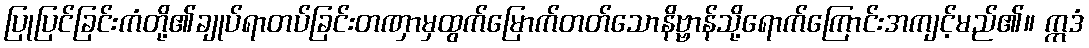
ပြုပြင်ခြင်းကံတို့၏ချုပ်ရာတပ်ခြင်းတဏှာမှထွက်မြောက်တတ်သောနိဗ္ဗာန်သို့ရောက်ကြောင်းအကျင့်မည်၏။ ဣဒံ